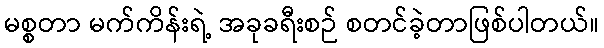
မစ္စတာ မက်ကိန်းရဲ့ အခုခရီးစဉ် စတင်ခဲ့တာဖြစ်ပါတယ်။